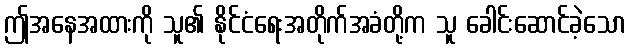
ဤအနေအထားကို သူ၏ နိုင်ငံရေးအတိုက်အခံတို့က သူ ခေါင်းဆောင်ခဲ့သော